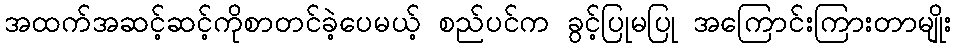
အထက်အဆင့်ဆင့်ကိုစာတင်ခဲ့ပေမယ့် စည်ပင်က ခွင့်ပြုမပြု အကြောင်းကြားတာမျိုး